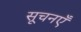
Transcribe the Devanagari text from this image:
सूचनएँ